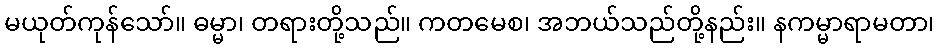
မယုတ်ကုန်သော်။ ဓမ္မာ၊ တရားတို့သည်။ ကတမေစ၊ အဘယ်သည်တို့နည်း။ နကမ္မာရာမတာ၊